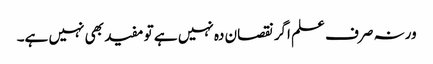
ورنہ صرف علم اگر نقصان دہ نہیں ہے تو مفید بھی نہیں ہے۔